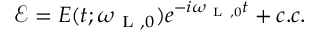
\mathscr { E } = E ( t ; \omega _ { \mathrm { ~ L ~ } , 0 } ) e ^ { - i \omega _ { \mathrm { ~ L ~ } , 0 } t } + c . c .